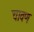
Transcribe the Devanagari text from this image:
चावण